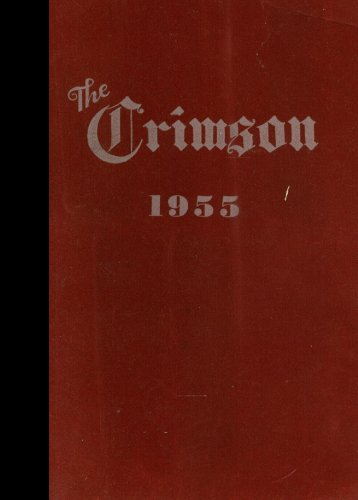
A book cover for (Reprint) 1955 Yearbook: DuPont Manual High School, Louisville, Kentucky; Reference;